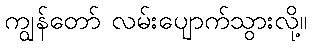
ကျွန်တော် လမ်းပျောက်သွားလို့။